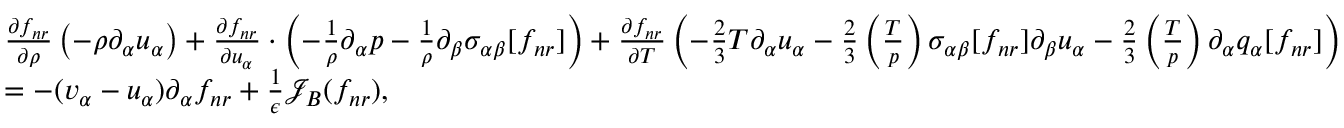
\begin{array} { r l } & { \frac { \partial f _ { n r } } { \partial \rho } \left( - \rho \partial _ { \alpha } u _ { \alpha } \right) + \frac { \partial f _ { n r } } { \partial u _ { \alpha } } \cdot \left( - \frac { 1 } { \rho } \partial _ { \alpha } p - \frac { 1 } { \rho } \partial _ { \beta } { \sigma } _ { \alpha \beta } [ f _ { n r } ] \right) + \frac { \partial f _ { n r } } { \partial T } \left( - \frac { 2 } { 3 } T \partial _ { \alpha } u _ { \alpha } - \frac { 2 } { 3 } \left( \frac { T } { p } \right) { \sigma } _ { \alpha \beta } [ f _ { n r } ] \partial _ { \beta } u _ { \alpha } - \frac { 2 } { 3 } \left( \frac { T } { p } \right) \partial _ { \alpha } q _ { \alpha } [ f _ { n r } ] \right) } \\ & { = - ( v _ { \alpha } - u _ { \alpha } ) \partial _ { \alpha } f _ { n r } + \frac { 1 } { \epsilon } \mathcal { J } _ { B } ( f _ { n r } ) , } \end{array}